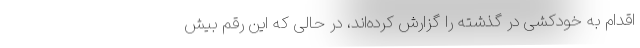
اقدام به خودکشی در گذشته را گزارش کرده‌اند، در حالی که این رقم بیش